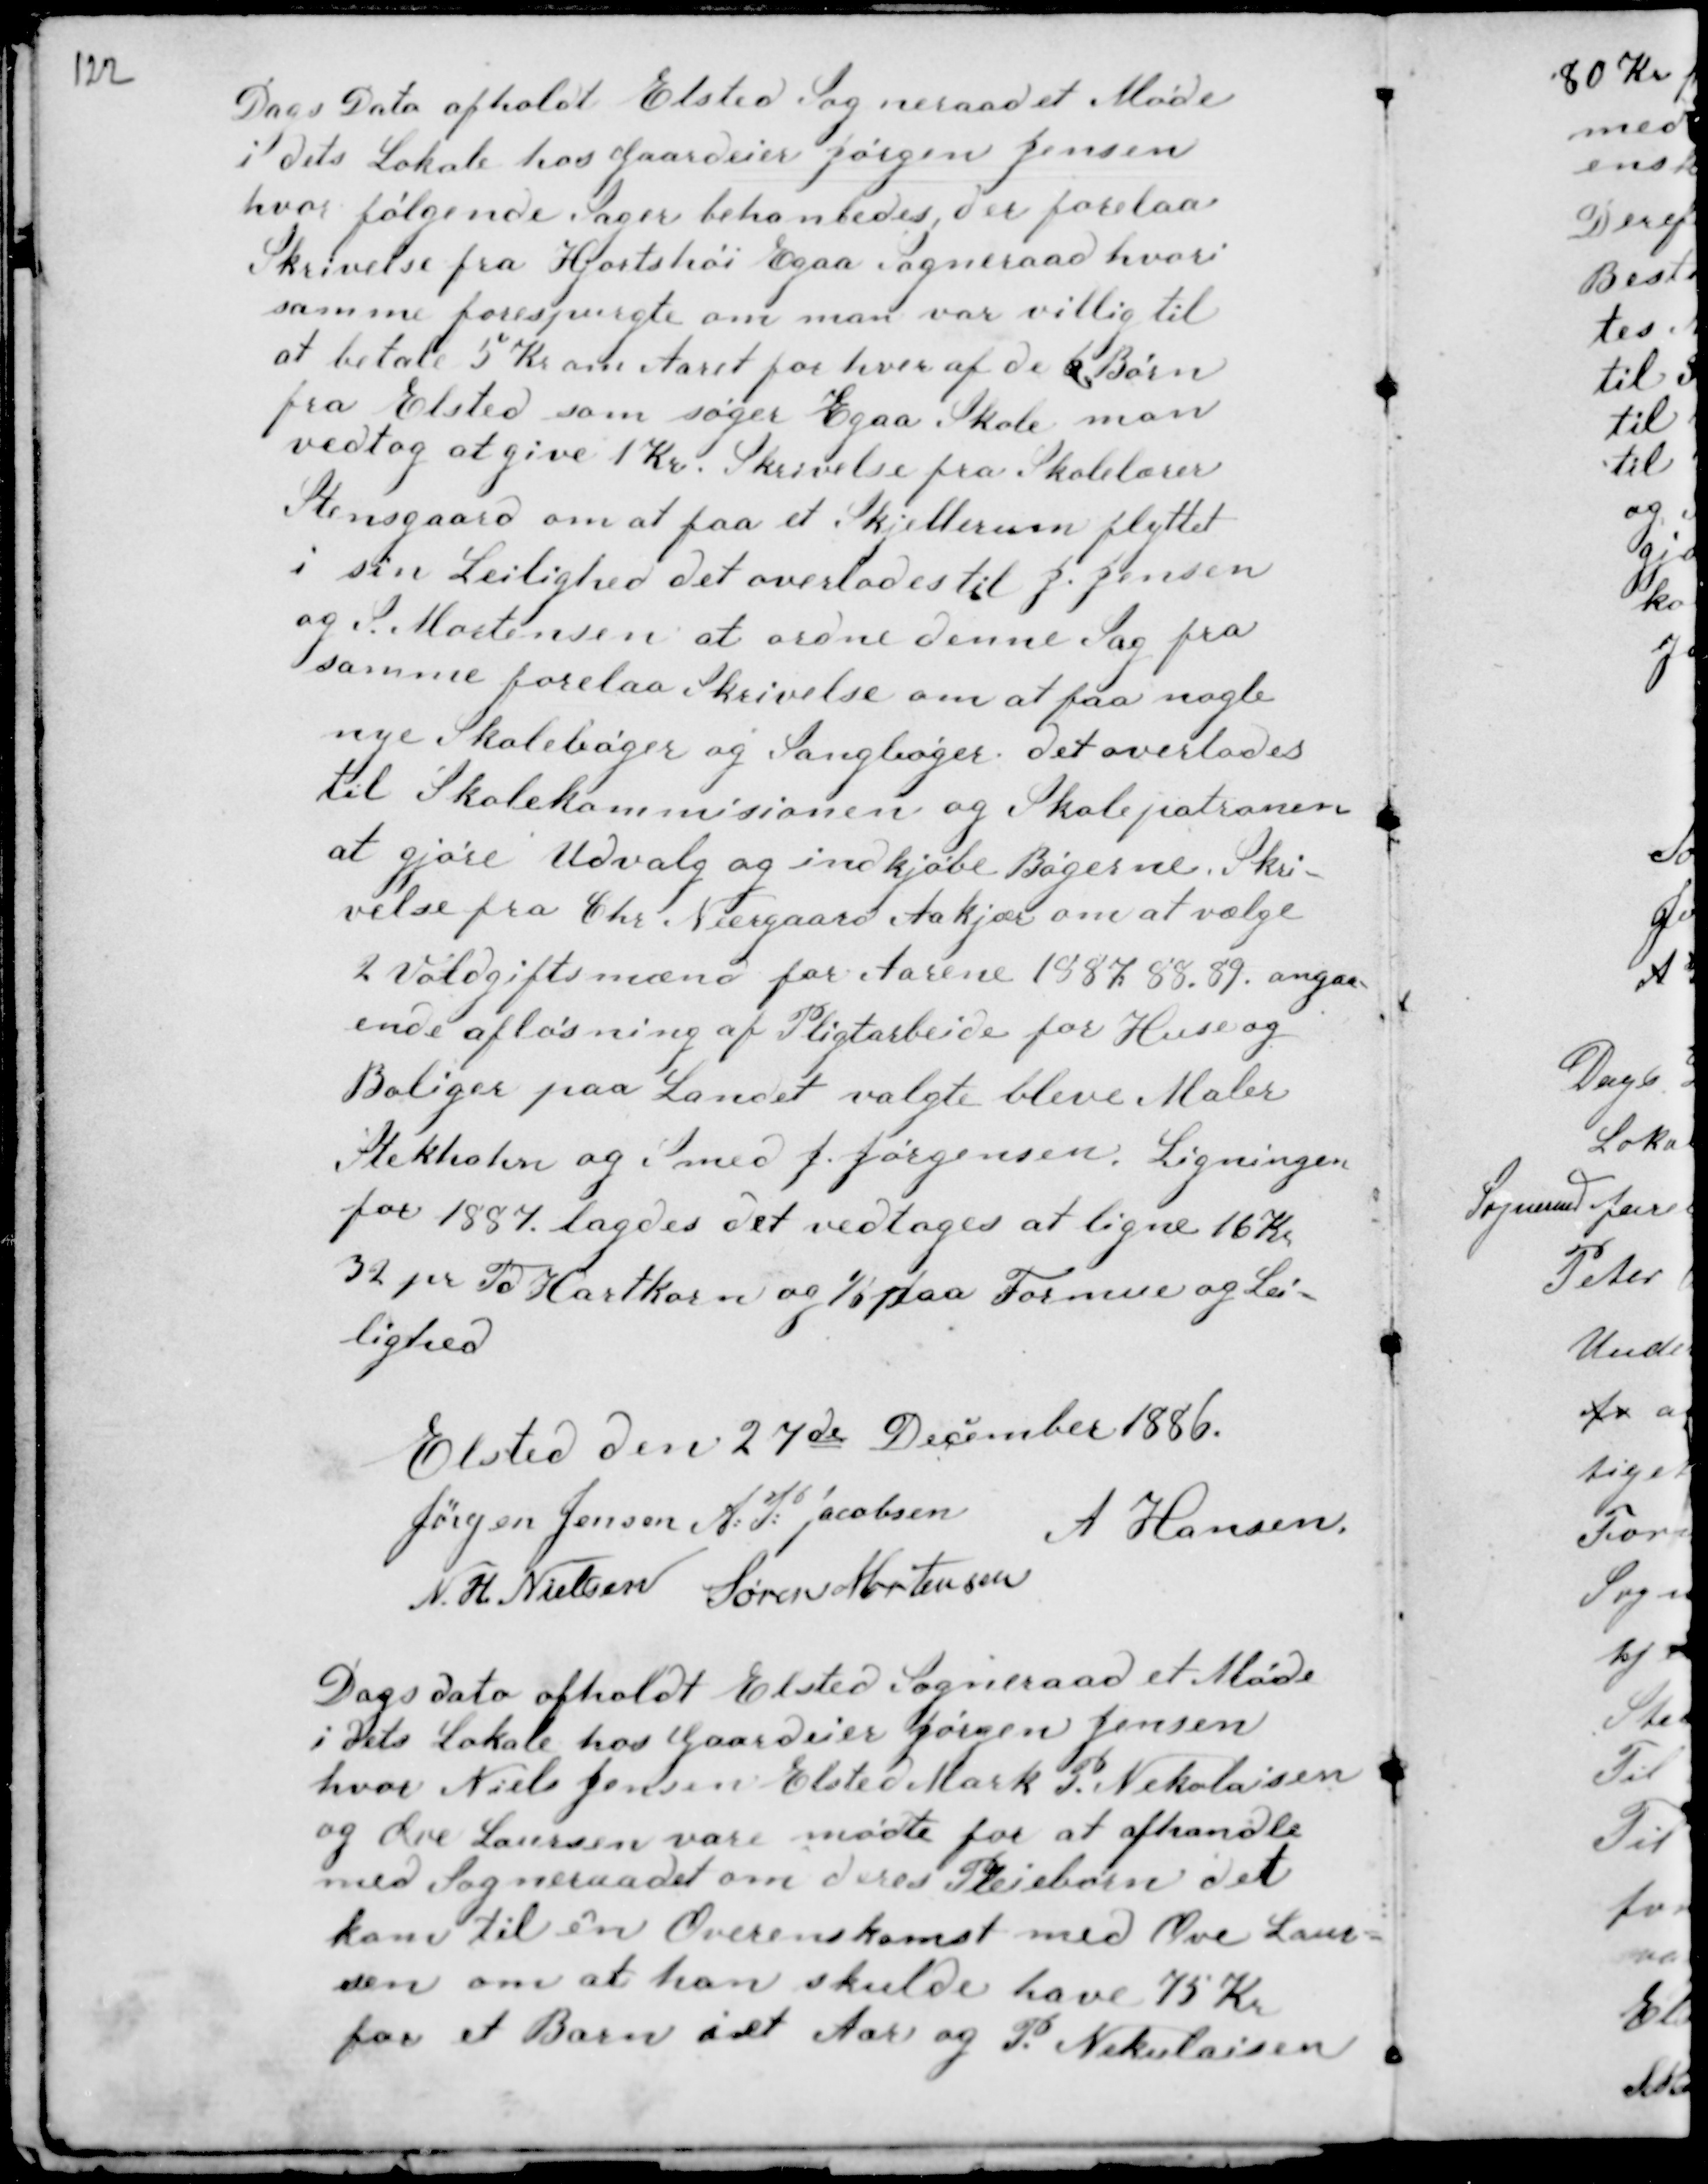
Transskription:
Dags Dato afholdt Elsted Sogneraadet Møde
i dets Lokale hos Gaardeier Jørgen Jensen
hvor følgende Sager behanledes, der forelaa
Skrivelse fra Hjortshøi Egaa Sogneraad hvori
samme forespurgte om man var villig til
at betale 5 Kr om Aaret for hver de 6 Børn
fra Elsted som søger Egaa Skole man
vedtog at give 1 Kr. Skrivelse fra Skolelærer
Stensgaard om at faa Skjellerum flyttet
i sin Leilighed det overlodes til J. Jensen
og S. Mortensen at ordne denne Sag fra
samme forelaa Skrivelse om at faa nogle
nye Skolebøger og Sangbøger. det overlodes
til Skolekommisionen og Skolepatronen
at gjøre Udvalg og indkjøbe Bøgerne. Skri-
velse fra Chr Neergaard Aakjær om at vælge
2 Voldgiftsmænd for Aarene 1887. 88. 89. angaa-
ende afløsning af Pligtarbeide for Huse og
Boliger paa Landet valgte bleve Maler
Stekhahn og Smed J. Jørgensen. Ligningen
for 1887 lagdes det vedtoges at ligne 16 Kr
32 pr Td Hartkorn og 1/6 paa Formue og Lei-
lighed

Elsted den 27de December 1886.
Jørgen Jensen A. P. Jacobsen
A Hansen
N. H Nielsen Søren Mortensen

Dags Dato afholdt Elsted Sogneraad et Møde
i dets Lokale hos Gaardeier Jørgen Jensen
hvor Niels Jensen Elsted Mark P. Nekolaisen
og Ove Laursen vare mødte for at afhandle
med Sogneraadet om deres Pleiebørn det
kom til en Overenskomst med Ove Laur-
sen om at han skulde have 75 Kr
for et Barn i et Aar og P. Nekulaisen